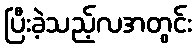
ပြီးခဲ့သည့်လအတွင်း